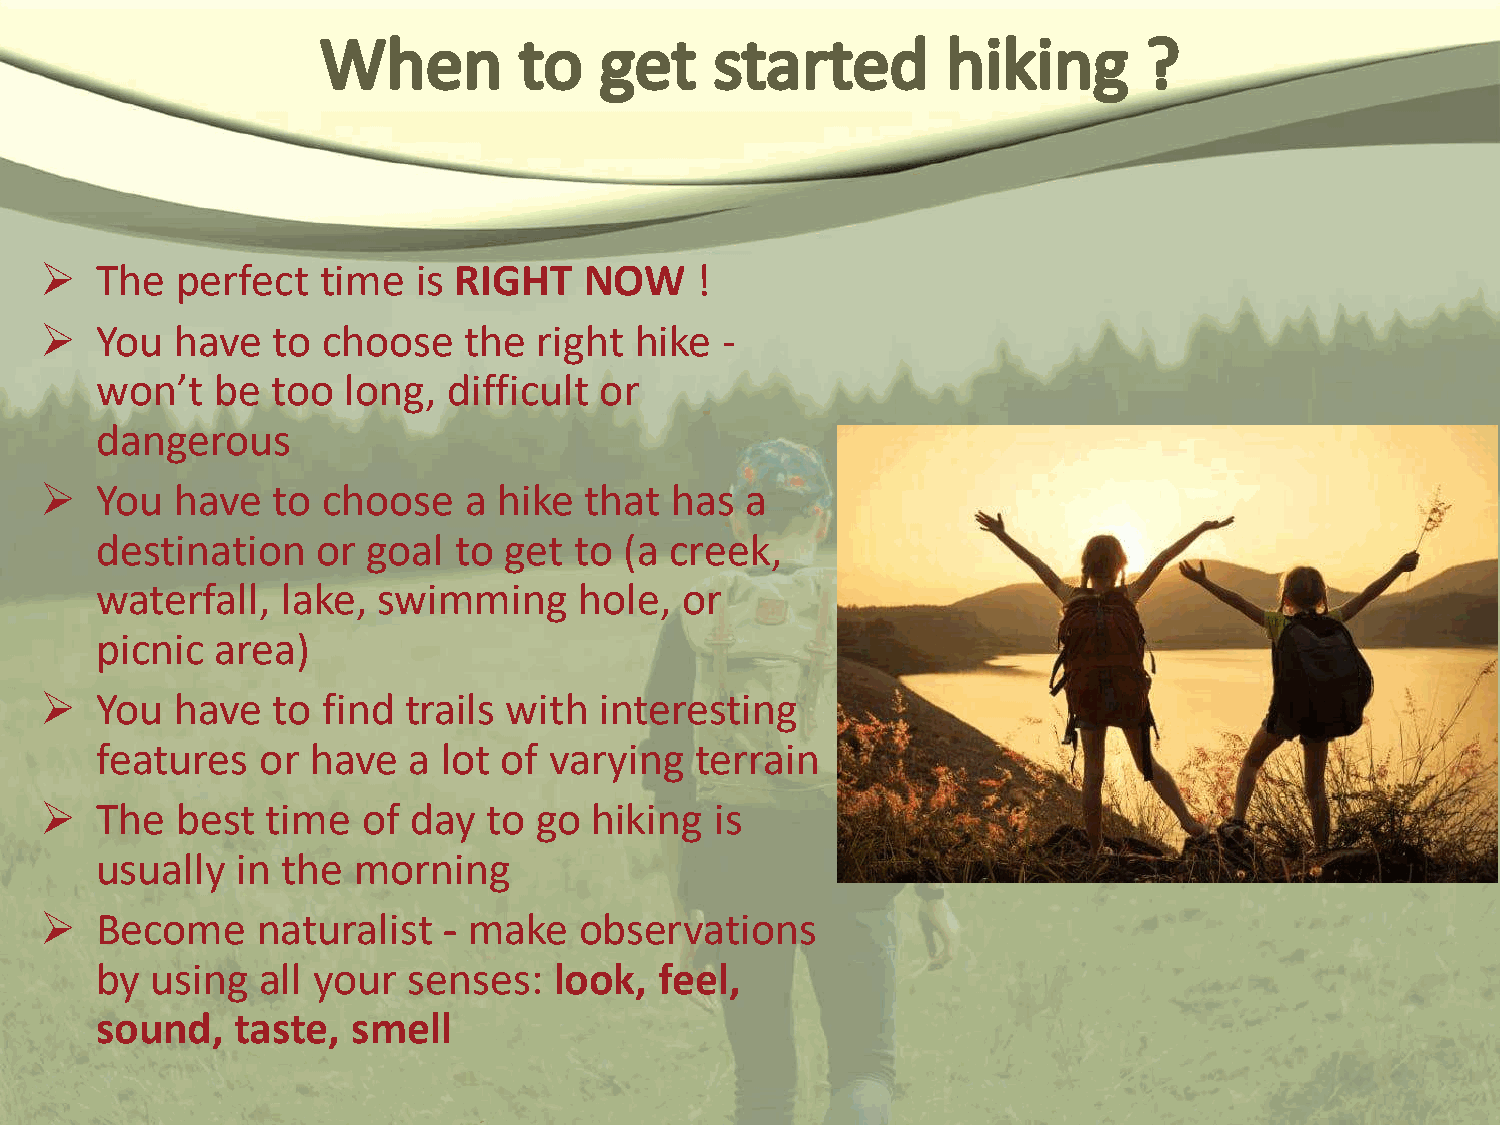
  The   perfect  time   is RIGHT   NOW    !
   You  have   to choose    the  right hike  -
 won’t   be  too  long,  difficult or
 dangerous
   You  have   to choose    a hike  that has  a
 destination    or goal  to get  to (a creek,
 waterfall,   lake, swimming     hole,  or
 picnic  area)
   You  have   to find  trails with  interesting
 features   or  have  a lot of varying   terrain
   The   best  time  of day  to go  hiking  is
 usually   in the morning
   Become     naturalist  - make   observations
 by  using  all your  senses:   look,  feel,
 sound,    taste, smell